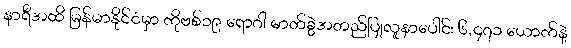
နာရီအထိ မြန်မာနိုင်ငံမှာ ကိုဗစ်၁၉ ရောဂါ ဓာတ်ခွဲအတည်ပြုလူနာပေါင်း ၆,၄၇၁ ယောက်နဲ့